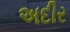
અદીર